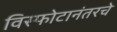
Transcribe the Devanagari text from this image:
विस्फोटानंतरचे